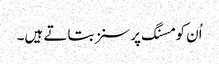
اُن کو مسنگ پرسنز بتاتے ہیں۔